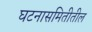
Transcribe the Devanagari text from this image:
घटनासमितीतील